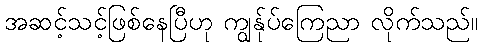
အဆင့်သင့်ဖြစ်နေပြီဟု ကျွန်ုပ်ကြေညာ လိုက်သည်။